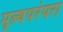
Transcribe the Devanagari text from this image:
मूल्यपरंपरा